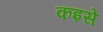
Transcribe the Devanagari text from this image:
कइसे